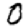
Digit: 0